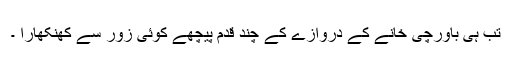
تب ہی باورچی خانے کے دروازے کے چند قدم پیچھے کوئی زور سے کھنکھارا ۔